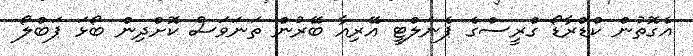
އެގޮތުން ކްޑްރާޑޯ ގްރީސްގެ ޕެނަލްޓީ އޭރިއާ ބޭރުން ތަނަވަސް ކޮށްދިން ބޯޅަ ޕަބްލޯ